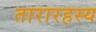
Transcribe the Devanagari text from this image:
तारारहस्य